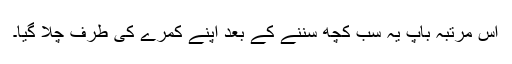
اس مرتبہ باپ یہ سب کچھ سننے کے بعد اپنے کمرے کی طرف چلا گیا۔